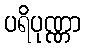
ပရိပုဏ္ဏာ